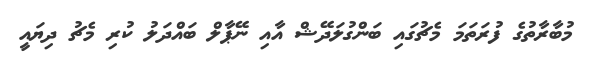
މުބާރާތުގެ ފުރަތަމަ މެޗުގައި ބަންގުލަދޭޝް އާއި ނޭޕާލް ބައްދަލު ކުރި މެޗު ދިޔައީ